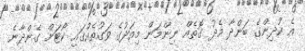
އެ ކުދިންގެ ބަންދާ މެދު ގޮތެއް ނިންމަން މިއަދުގެ ވަގުތެއްގައި ކޯޓަށް ގެންދާނެ